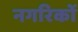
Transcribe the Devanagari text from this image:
नगरिकों